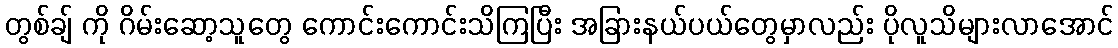
တွစ်ချ် ကို ဂိမ်းဆော့သူတွေ ကောင်းကောင်းသိကြပြီး အခြားနယ်ပယ်တွေမှာလည်း ပိုလူသိများလာအောင်